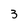
Character: 3